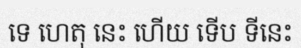
ទេ ហេតុ នេះ ហើយ ទើប ទីនេះ